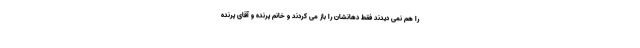
را هم نمی دیدند فقط دهانشان را باز می کردند و خانم پرنده و آقای پرنده